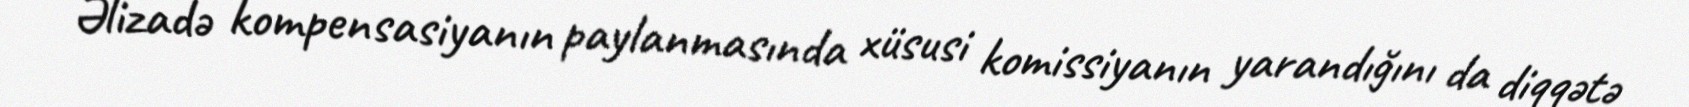
Əlizadə kompensasiyanın paylanmasında xüsusi komissiyanın yarandığını da diqqətə